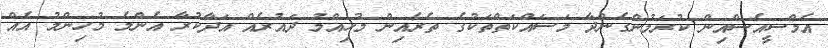
އެމްސީއެސްއިން ކުރަމުންގެންދާ މަސައްކަތްތަކުގެ ތެރެއިން މުހިއްމު ދައުރެއް އަދާކުރާ އެންމެ މުހިންމު އެއް